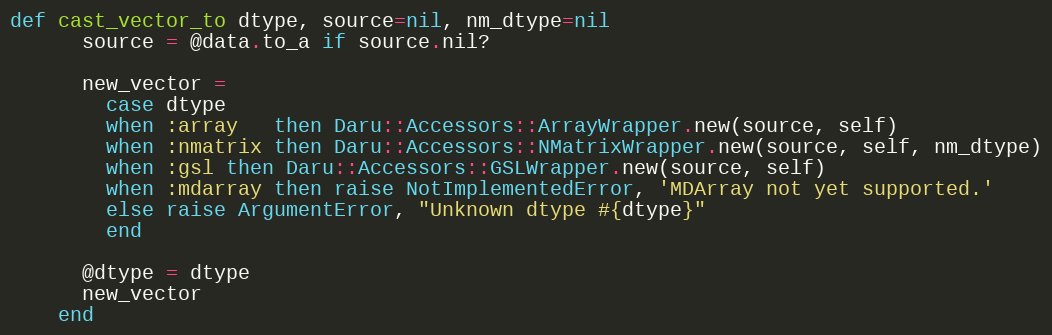
Language: Ruby
def cast_vector_to dtype, source=nil, nm_dtype=nil
      source = @data.to_a if source.nil?

      new_vector =
        case dtype
        when :array   then Daru::Accessors::ArrayWrapper.new(source, self)
        when :nmatrix then Daru::Accessors::NMatrixWrapper.new(source, self, nm_dtype)
        when :gsl then Daru::Accessors::GSLWrapper.new(source, self)
        when :mdarray then raise NotImplementedError, 'MDArray not yet supported.'
        else raise ArgumentError, "Unknown dtype #{dtype}"
        end

      @dtype = dtype
      new_vector
    end